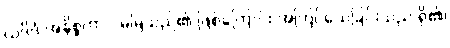
ယဒိဒံ အနိစ္စတာ - မမြဲသည်၏ ဖြစ်ကြောင်း အကြင်သေခြင်းသည် ရှိ၏၊